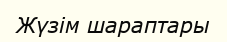
Жүзім шараптары